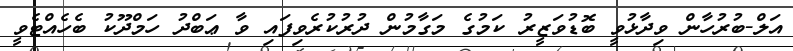
އަލް-ބުރުހާން ވިދާޅުވީ ބޮޑުވަޒީރު ކަމުގެ މަގާމުން ދުރުކުރެވިފައި ވާ ޢަބްދު ހަމްދޫކު ބެހެއްޓެވީ